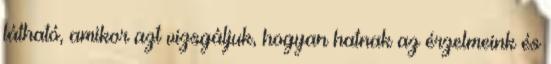
látható, amikor azt vizsgáljuk, hogyan hatnak az érzelmeink és